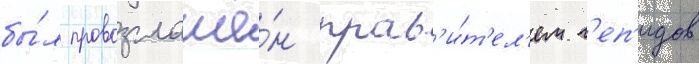
бы́л провозглашё́н прав'и́т'ел'ем г'еп'идов